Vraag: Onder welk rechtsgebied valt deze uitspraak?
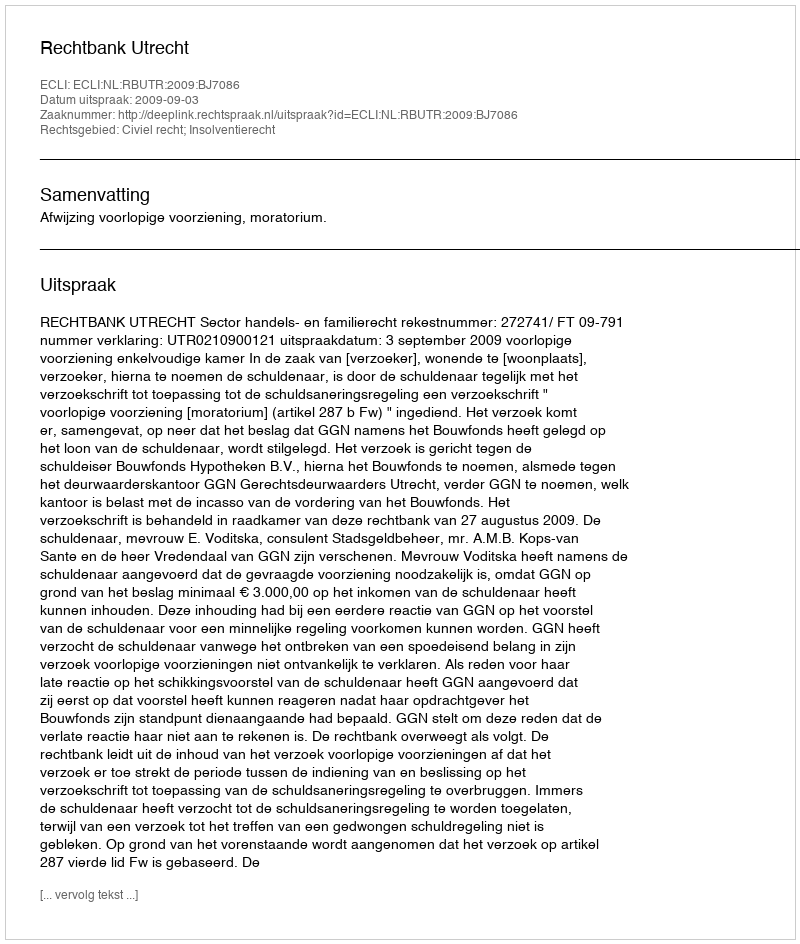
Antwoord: Civiel recht; Insolventierecht